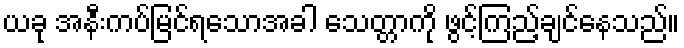
ယခု အနီးကပ်မြင်ရသောအခါ သေတ္တာကို ဖွင့်ကြည့်ချင်နေသည်။